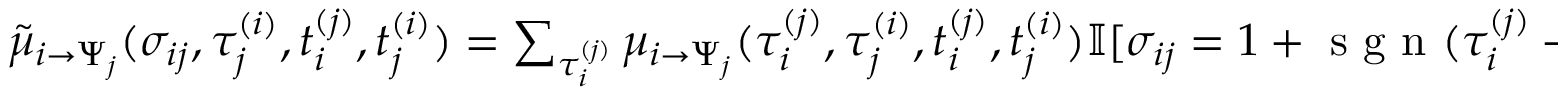
\begin{array} { r } { \tilde { \mu } _ { i \to \Psi _ { j } } ( \sigma _ { i j } , \tau _ { j } ^ { ( i ) } , t _ { i } ^ { ( j ) } , t _ { j } ^ { ( i ) } ) = \sum _ { \tau _ { i } ^ { ( j ) } } \mu _ { i \to \Psi _ { j } } ( \tau _ { i } ^ { ( j ) } , \tau _ { j } ^ { ( i ) } , t _ { i } ^ { ( j ) } , t _ { j } ^ { ( i ) } ) \mathbb { I } [ \sigma _ { i j } = 1 + \mathrm { ~ s ~ g ~ n ~ } ( \tau _ { i } ^ { ( j ) } - \tau _ { j } ^ { ( i ) } + s _ { i j } ) ] } \end{array}